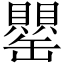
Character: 罌